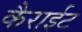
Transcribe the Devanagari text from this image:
कैराईट